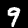
Digit: 9